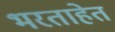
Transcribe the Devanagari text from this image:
भरताहेत